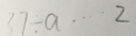
3 7 \div a \cdots 2